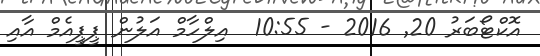
އޮކްޓޯބަރު 20